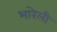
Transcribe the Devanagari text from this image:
भारेली